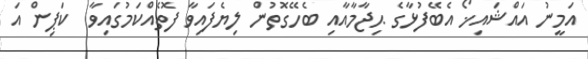
އަމީނު އައްޝައިޚޯ އެބޭފުޅާގެ ޙިޖާމާއާއި ބެހޭގޮތުން ލިޔެފައިވާ ފޮތެއްކަމުގައިވާ  ކަޕިން އަ